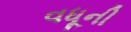
વધૂની